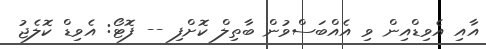
އާއި އެވިޑްއިން ވި އެއްބަސްވުން ބާތިލް ކޮށްފި -- ފޮޓޯ: އެވިޑް ކޮލެޖު